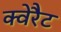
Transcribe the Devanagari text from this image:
क्वेरैट